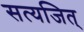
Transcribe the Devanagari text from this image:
सत्यजित्‌